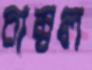
চাম্বল